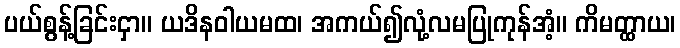
ပယ်စွန့်ခြင်းငှာ။ ယဒိနဝါယမထ၊ အကယ်၍လုံ့လမပြုကုန်အံ့။ ကိမတ္ထာယ၊